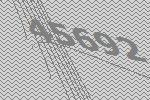
45692